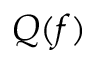
Q ( f )